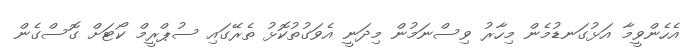
އެހެންވީމާ އަޅުގަނޑުމެން މިހާރު ވިސްނަމުން މިދަނީ އެވަގުތުކޮޅު ތެރޭގައި ސުޕްރީމް ކޯޓަށް ގޮސްގެން